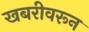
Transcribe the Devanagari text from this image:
खबरीवरून